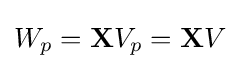
W_{p}=\mathbf {X} V_{p}=\mathbf {X} V